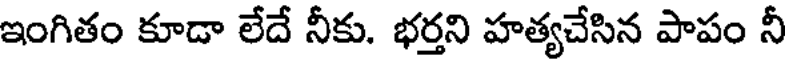
ఇంగితం కూడా లేదే నీకు. భర్తని హత్యచేసిన పాపం నీ